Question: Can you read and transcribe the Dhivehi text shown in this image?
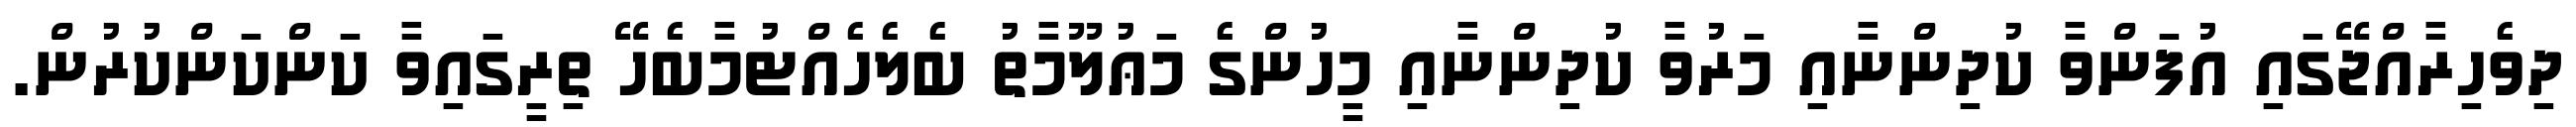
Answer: ދިވެހިރާއްޖޭގައި އުފަންވާ ކުދިންނާއި މަރުވާ ކުދިންނާއި މީހުންގެ މަޢުލޫމާތު ބެލެހެއްޓުމާބެހޭ ތިރީގައިވާ ކަންކަންކުރުން.